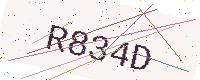
Text: R834D